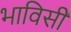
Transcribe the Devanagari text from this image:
भाविसी